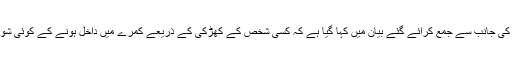
بھارتی میڈیا کے مطابق بھارتی تحقیقاتی ادارے سی بی آئی افسر کی جانب سے جمع کرائے گئے بیان میں کہا گیا ہے کہ کسی شخص کے کھڑکی کے ذریعے کمرے میں داخل ہونے کے کوئی شواہد نہیں ملے جیا خان نے پنکھے سے لٹک کر خودکشی کی تھی۔